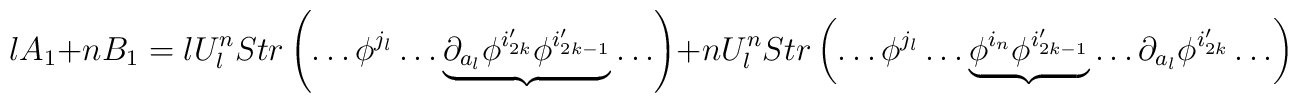
lA_1+nB_1= l U^n_l Str\left(\ldots \phi^{j_l}\ldots \underbrace{\partial_{a_l}\phi^{i_{2k}'}\phi^{i_{2k-1}'}}\ldots \right)+n U^n_l Str\left(\ldots \phi^{j_l}\ldots \underbrace{\phi^{i_n}\phi^{i_{2k-1}'}}\ldots \partial_{a_l}\phi^{i_{2k}'}\ldots \right)